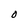
Character: O